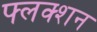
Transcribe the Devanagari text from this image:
फ्लक्शन